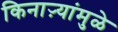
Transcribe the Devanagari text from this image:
किनाऱ्यांमुळे